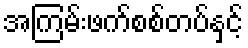
အကြမ်းဖက်စစ်တပ်နှင့်